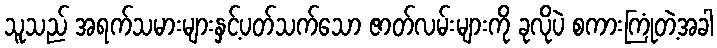
သူသည် အရက်သမားများနှင့်ပတ်သက်သော ဇာတ်လမ်းများကို ခုလိုပဲ စကားကြုံတဲ့အခါ